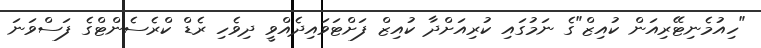
"ހިއުމެނިޓޭރިއަން ކުއިޒް"ގެ ނަމުގައި ކުރިއަށްދާ ކުއިޒް ފަށްޓަވައިދެއްވީ ދިވެހި ރެޑް ކްރެސެންޓްގެ ފަސްވަނަ